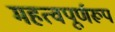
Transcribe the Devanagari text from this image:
महत्वपूर्णरूप